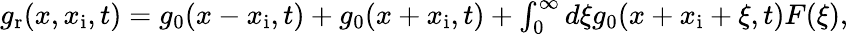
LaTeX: \begin{array}{r}{g_{\mathrm{r}}(x,x_{\mathrm{i}},t)=g_{0}(x-x_{\mathrm{i}},t)+g_{0}(x+x_{\mathrm{i}},t)+\int_{0}^{\infty}d\xi g_{0}(x+x_{\mathrm{i}}+\xi,t)F(\xi),}\end{array}